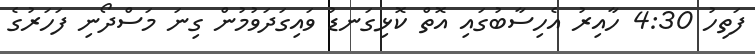
ފަތިހު 4:30 ހާއިރު އެހިސާބުގައި އޮތް ކޮޅިގަނޑު ވައިގަދަވުމުން ގިނަ މަސްދޯނި ފަހަރުގެ